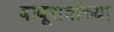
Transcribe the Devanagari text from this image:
बाबूरांवांच्या